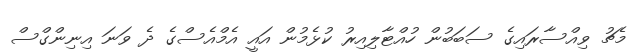
މެޗު ވިއްސާރައިގެ ސަބަބުން ހުއްޓާލިއިރު ކުޅެމުން އައީ އެމްއެސްގެ ދެ ވަނަ އިނިންގްސް